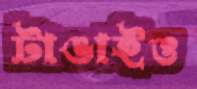
টাঙাইও